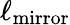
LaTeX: \ell_{\mathrm{mirror}}